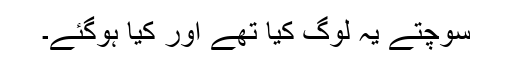
سوچتے یہ لوگ کیا تھے اور کیا ہوگئے۔